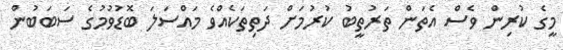
މީގެ ކުރިން ވެސް އެތަން ތަރުތީބު ކުރުމަށް ދަތިތަކެއްވެ މައްސަލަ ބޮޑުވުމުގެ ސަބަބުން